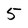
Character: 5